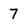
Character: 7